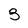
Character: 3